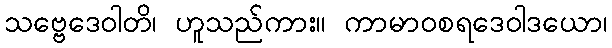
သဗ္ဗေဒေဝါတိ၊ ဟူသည်ကား။ ကာမာဝစရဒေဝါဒယော၊